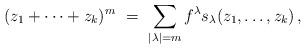
LaTeX: \begin{align*} (z_1+\dotsb+z_k)^m\ =\ \sum_{|\lambda|=m} f^\lambda s_\lambda(z_1,\dotsc,z_k)\,,\end{align*}